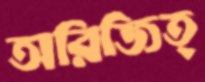
অরিজিত্